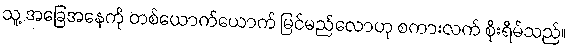
သူ့ အခြေအနေကို တစ်ယောက်ယောက် မြင်မည်လောဟု စကားလက် စိုးရိမ်သည်။